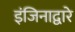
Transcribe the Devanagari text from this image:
इंजिनाद्वारे